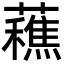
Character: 䕴